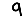
Digit: 9